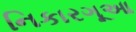
નિકારગૂઆ